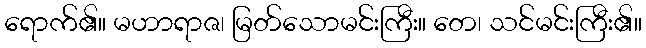
ရောက်၏။ မဟာရာဇ၊ မြတ်သောမင်းကြီး။ တေ၊ သင်မင်းကြီး၏။